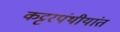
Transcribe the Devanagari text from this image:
कट्टरपंथीयांत